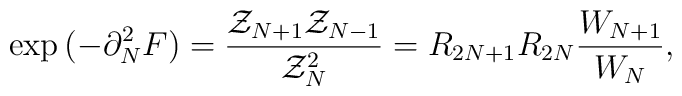
\exp{(- \partial_{N}^{2} F)} = {{\cal Z}_{N+1} {\cal Z}_{N-1} \over{\cal Z}_{N}^{2} } = R_{2 N+1} R_{2 N} {W_{N+1} \over W_{N} },